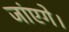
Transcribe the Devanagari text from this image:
जांएगे।